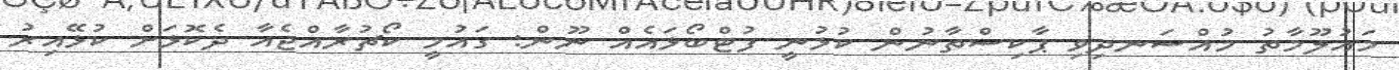
މައުލޫމާތު މުއްސަނދިވި ޕާކިސްތާނުން ކުޅުނީ ފުޓްބޯޅައެއް ނޫން: ގައުމީ ކޯޗުރާއްޖެއާ ދެކޮޅަށް ކުޅޭއިރު